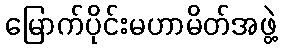
မြောက်ပိုင်းမဟာမိတ်အဖွဲ့